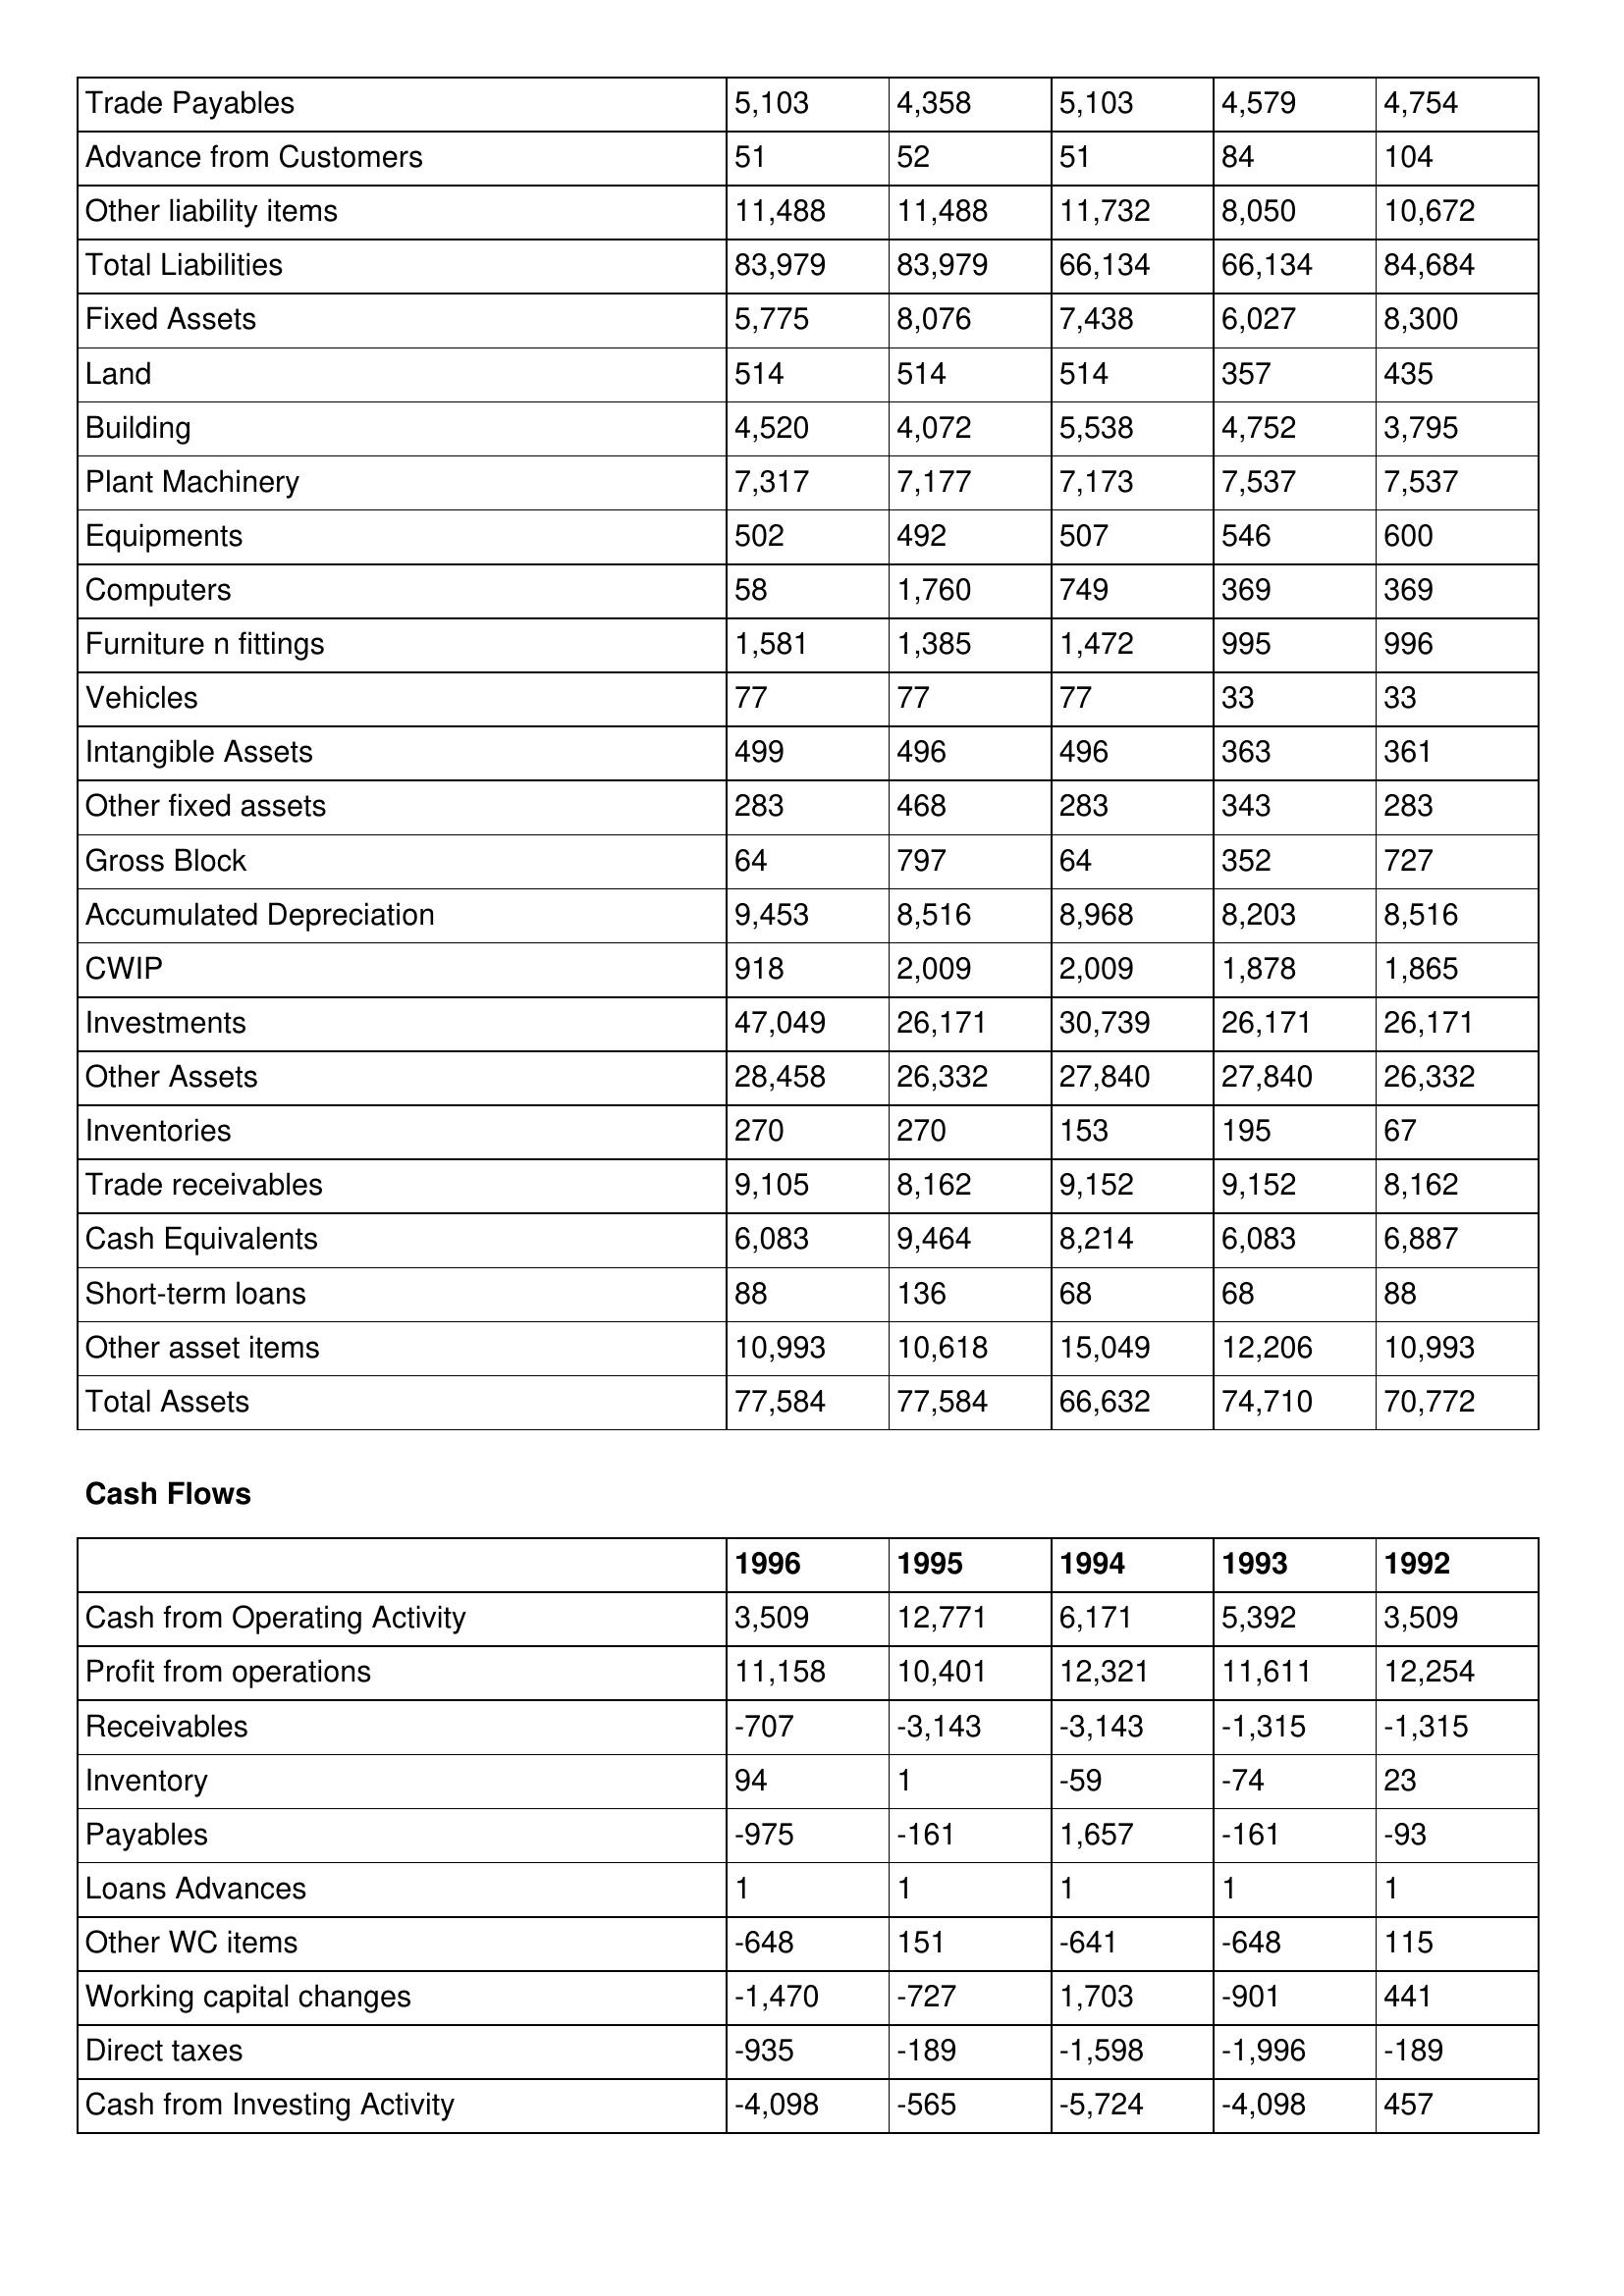
gt_parse: 1996: Balance Sheet: Trade Payables: 5,103
Advance from Customers: 51
Other liability items: 11,488
Total Liabilities: 83,979
Fixed Assets: 5,775
Land: 514
Building: 4,520
Plant Machinery: 7,317
Equipments: 502
Computers: 58
Furniture n fittings: 1,581
Vehicles: 77
Intangible Assets: 499
Other fixed assets: 283
Gross Block: 64
Accumulated Depreciation: 9,453
CWIP: 918
Investments: 47,049
Other Assets: 28,458
Inventories: 270
Trade receivables: 9,105
Cash Equivalents: 6,083
Short-term loans: 88
Other asset items: 10,993
Total Assets: 77,584
Cash Flows: Cash from Operating Activity: 3,509
Profit from operations: 11,158
Receivables: -707
Inventory: 94
Payables: -975
Loans Advances: 1
Other WC items: -648
Working capital changes: -1,470
Direct taxes: -935
Cash from Investing Activity: -4,098
1995: Balance Sheet: Trade Payables: 4,358
Advance from Customers: 52
Other liability items: 11,488
Total Liabilities: 83,979
Fixed Assets: 8,076
Land: 514
Building: 4,072
Plant Machinery: 7,177
Equipments: 492
Computers: 1,760
Furniture n fittings: 1,385
Vehicles: 77
Intangible Assets: 496
Other fixed assets: 468
Gross Block: 797
Accumulated Depreciation: 8,516
CWIP: 2,009
Investments: 26,171
Other Assets: 26,332
Inventories: 270
Trade receivables: 8,162
Cash Equivalents: 9,464
Short-term loans: 136
Other asset items: 10,618
Total Assets: 77,584
Cash Flows: Cash from Operating Activity: 12,771
Profit from operations: 10,401
Receivables: -3,143
Inventory: 1
Payables: -161
Loans Advances: 1
Other WC items: 151
Working capital changes: -727
Direct taxes: -189
Cash from Investing Activity: -565
1994: Balance Sheet: Trade Payables: 5,103
Advance from Customers: 51
Other liability items: 11,732
Total Liabilities: 66,134
Fixed Assets: 7,438
Land: 514
Building: 5,538
Plant Machinery: 7,173
Equipments: 507
Computers: 749
Furniture n fittings: 1,472
Vehicles: 77
Intangible Assets: 496
Other fixed assets: 283
Gross Block: 64
Accumulated Depreciation: 8,968
CWIP: 2,009
Investments: 30,739
Other Assets: 27,840
Inventories: 153
Trade receivables: 9,152
Cash Equivalents: 8,214
Short-term loans: 68
Other asset items: 15,049
Total Assets: 66,632
Cash Flows: Cash from Operating Activity: 6,171
Profit from operations: 12,321
Receivables: -3,143
Inventory: -59
Payables: 1,657
Loans Advances: 1
Other WC items: -641
Working capital changes: 1,703
Direct taxes: -1,598
Cash from Investing Activity: -5,724
1993: Balance Sheet: Trade Payables: 4,579
Advance from Customers: 84
Other liability items: 8,050
Total Liabilities: 66,134
Fixed Assets: 6,027
Land: 357
Building: 4,752
Plant Machinery: 7,537
Equipments: 546
Computers: 369
Furniture n fittings: 995
Vehicles: 33
Intangible Assets: 363
Other fixed assets: 343
Gross Block: 352
Accumulated Depreciation: 8,203
CWIP: 1,878
Investments: 26,171
Other Assets: 27,840
Inventories: 195
Trade receivables: 9,152
Cash Equivalents: 6,083
Short-term loans: 68
Other asset items: 12,206
Total Assets: 74,710
Cash Flows: Cash from Operating Activity: 5,392
Profit from operations: 11,611
Receivables: -1,315
Inventory: -74
Payables: -161
Loans Advances: 1
Other WC items: -648
Working capital changes: -901
Direct taxes: -1,996
Cash from Investing Activity: -4,098
1992: Balance Sheet: Trade Payables: 4,754
Advance from Customers: 104
Other liability items: 10,672
Total Liabilities: 84,684
Fixed Assets: 8,300
Land: 435
Building: 3,795
Plant Machinery: 7,537
Equipments: 600
Computers: 369
Furniture n fittings: 996
Vehicles: 33
Intangible Assets: 361
Other fixed assets: 283
Gross Block: 727
Accumulated Depreciation: 8,516
CWIP: 1,865
Investments: 26,171
Other Assets: 26,332
Inventories: 67
Trade receivables: 8,162
Cash Equivalents: 6,887
Short-term loans: 88
Other asset items: 10,993
Total Assets: 70,772
Cash Flows: Cash from Operating Activity: 3,509
Profit from operations: 12,254
Receivables: -1,315
Inventory: 23
Payables: -93
Loans Advances: 1
Other WC items: 115
Working capital changes: 441
Direct taxes: -189
Cash from Investing Activity: 457